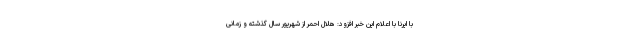
با ایرنا با اعلام این خبر افزود: هلال احمر از شهریور سال گذشته و زمانی